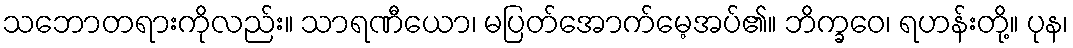
သဘောတရားကိုလည်း။ သာရဏီယော၊ မပြတ်အောက်မေ့အပ်၏။ ဘိက္ခဝေ၊ ရဟန်းတို့။ ပုန၊